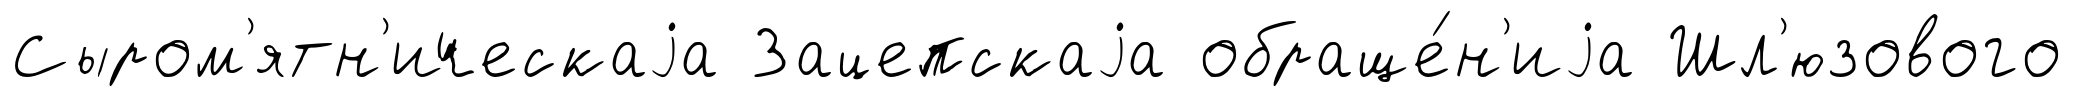
Сыром'ятн'ическаjа Зацепскаjа обраще́н'иjа Шл'юзового